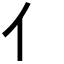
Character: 亻